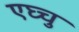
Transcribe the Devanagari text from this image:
एघ्चु